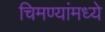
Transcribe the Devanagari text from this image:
चिमण्यांमध्ये